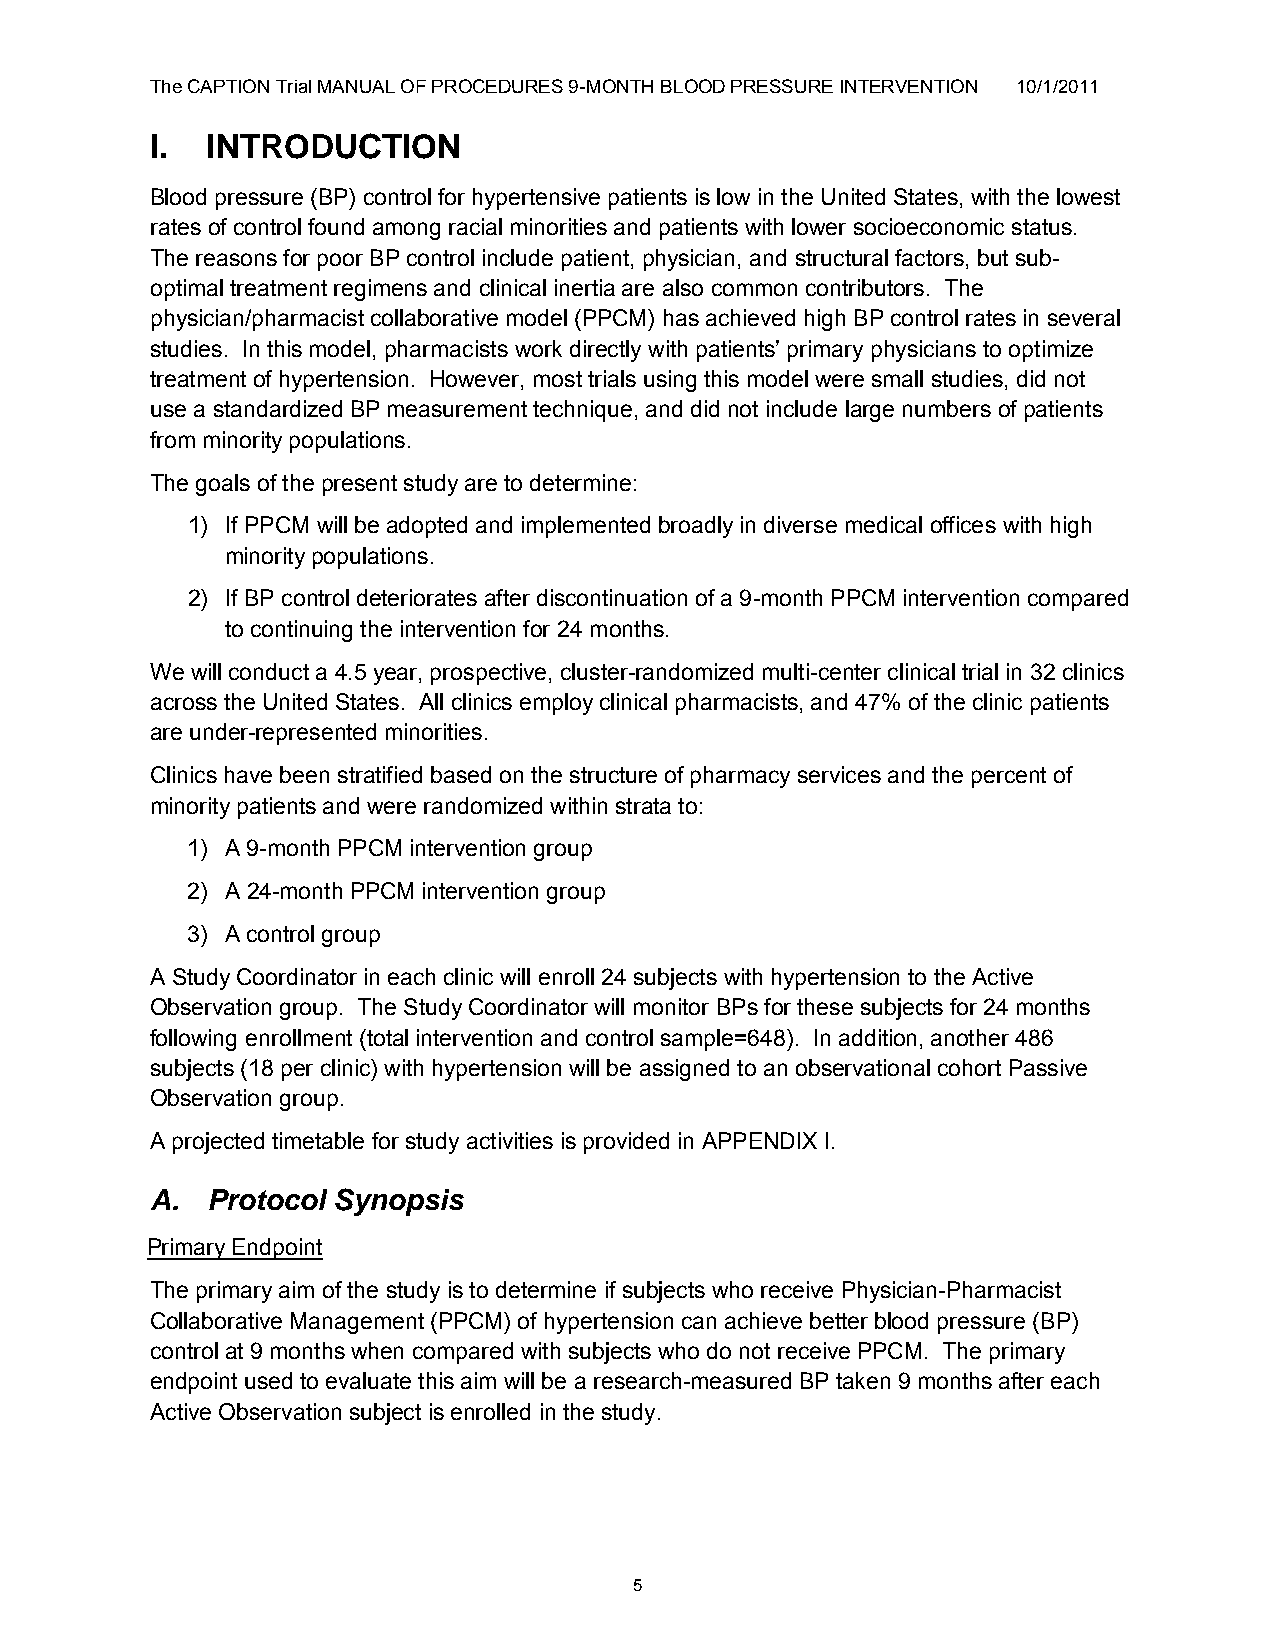
The CAPTION Trial MANUAL OF PROCEDURES 9-MONTH BLOOD PRESSURE INTERVENTION 10/1/2011
 I.  INTRODUCTION
 Blood pressure (BP) control for hypertensive patients is low in the United States, with the lowest
 rates of control found among racial minorities and patients with lower socioeconomic status.
 The reasons for poor BP control include patient, physician, and structural factors, but sub­
 optimal treatment regimens and clinical inertia are also common contributors. The
 physician/pharmacist collaborative model (PPCM) has achieved high BP control rates in several
 studies. In this model, pharmacists work directly with patients‟ primary physicians to optimize
 treatment of hypertension. However, most trials using this model were small studies, did not
 use a standardized BP measurement technique, and did not include large numbers of patients
 from minority populations.
 The goals of the present study are to determine:
 1) If PPCM will be adopted and implemented broadly in diverse medical offices with high
 minority populations.
 2) If BP control deteriorates after discontinuation of a 9-month PPCM intervention compared
 to continuing the intervention for 24 months.
 We will conduct a 4.5 year, prospective, cluster-randomized multi-center clinical trial in 32 clinics
 across the United States. All clinics employ clinical pharmacists, and 47% of the clinic patients
 are under-represented minorities.
 Clinics have been stratified based on the structure of pharmacy services and the percent of
 minority patients and were randomized within strata to:
 1) A 9-month PPCM intervention group
 2) A 24-month PPCM intervention group
 3) A control group
 A Study Coordinator in each clinic will enroll 24 subjects with hypertension to the Active
 Observation group. The Study Coordinator will monitor BPs for these subjects for 24 months
 following enrollment (total intervention and control sample=648). In addition, another 486
 subjects (18 per clinic) with hypertension will be assigned to an observational cohort Passive
 Observation group.
 A projected timetable for study activities is provided in APPENDIX I.
 A.  Protocol Synopsis
 Primary Endpoint
 The primary aim of the study is to determine if subjects who receive Physician-Pharmacist
 Collaborative Management (PPCM) of hypertension can achieve better blood pressure (BP)
 control at 9 months when compared with subjects who do not receive PPCM. The primary
 endpoint used to evaluate this aim will be a research-measured BP taken 9 months after each
 Active Observation subject is enrolled in the study.
 5